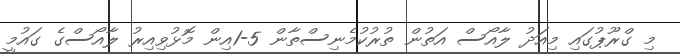
މި ގްރޫޕުގައި މިއަދު ލާއޯސް އަތުން ތުރުކުމެނިސްތާން 5-1އިން މޮޅުވިއިރު ލާއޯސްގެ ގައުމީ